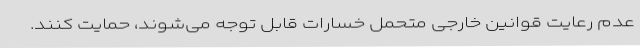
عدم رعایت قوانین خارجی متحمل خسارات قابل توجه می‌شوند، حمایت کنند.